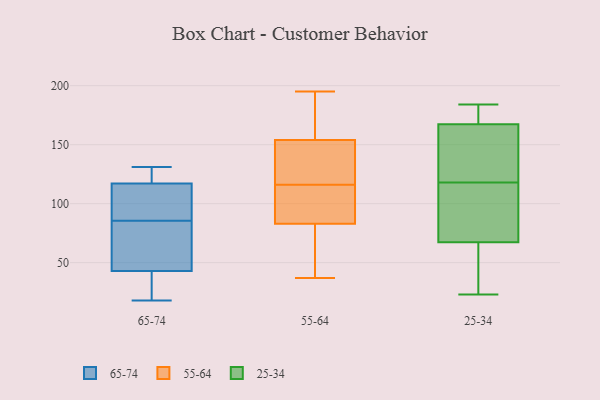
{"axis": {"x": "Backlog", "y": "Value"}, "legend": ["25-34", "55-64", "65-74"], "data": [{"x": "", "y": 70, "type": "65-74"}, {"x": "", "y": 69, "type": "65-74"}, {"x": "", "y": 101, "type": "65-74"}, {"x": "", "y": 23, "type": "65-74"}, {"x": "", "y": 131, "type": "65-74"}, {"x": "", "y": 128, "type": "65-74"}, {"x": "", "y": 102, "type": "65-74"}, {"x": "", "y": 43, "type": "65-74"}, {"x": "", "y": 18, "type": "65-74"}, {"x": "", "y": 117, "type": "65-74"}, {"x": "", "y": 158, "type": "55-64"}, {"x": "", "y": 195, "type": "55-64"}, {"x": "", "y": 37, "type": "55-64"}, {"x": "", "y": 171, "type": "55-64"}, {"x": "", "y": 127, "type": "55-64"}, {"x": "", "y": 59, "type": "55-64"}, {"x": "", "y": 104, "type": "55-64"}, {"x": "", "y": 150, "type": "55-64"}, {"x": "", "y": 123, "type": "55-64"}, {"x": "", "y": 109, "type": "55-64"}, {"x": "", "y": 80, "type": "55-64"}, {"x": "", "y": 86, "type": "55-64"}, {"x": "", "y": 118, "type": "25-34"}, {"x": "", "y": 71, "type": "25-34"}, {"x": "", "y": 23, "type": "25-34"}, {"x": "", "y": 91, "type": "25-34"}, {"x": "", "y": 181, "type": "25-34"}, {"x": "", "y": 171, "type": "25-34"}, {"x": "", "y": 56, "type": "25-34"}, {"x": "", "y": 49, "type": "25-34"}, {"x": "", "y": 156, "type": "25-34"}, {"x": "", "y": 155, "type": "25-34"}, {"x": "", "y": 75, "type": "25-34"}, {"x": "", "y": 166, "type": "25-34"}, {"x": "", "y": 184, "type": "25-34"}]}